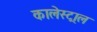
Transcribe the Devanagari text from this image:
कालेस्ट्राल